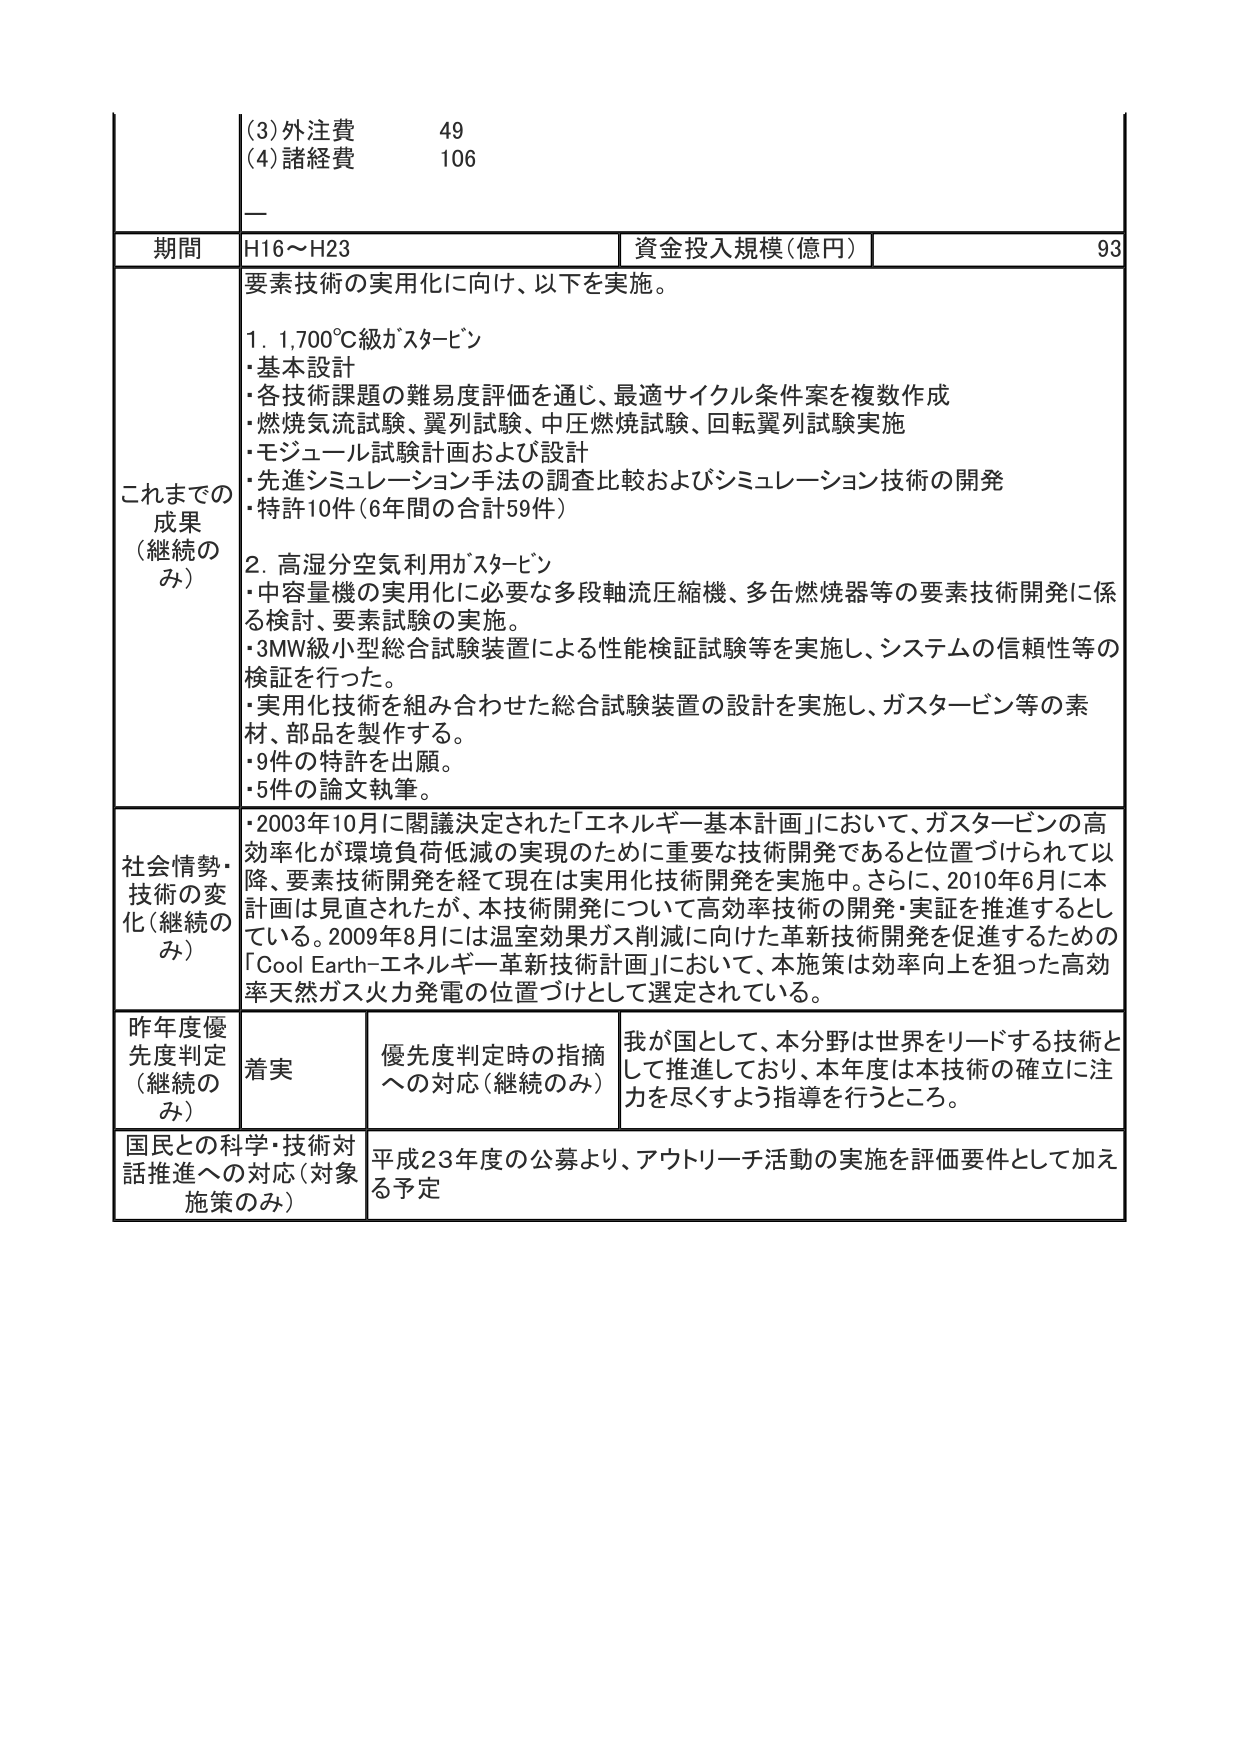
(3) 外注費 49
(4) 諸経費 106
—

期間 H16～H23 資金投入規模（億円） 93

これまでの成果（継続のみ）
要素技術の実用化に向け、以下を実施。

1. 1,700℃級ガスタービン
・基本設計
・各技術課題の難易度評価を通じ、最適サイクル条件案を複数作成
・燃焼気流試験、翼列試験、中圧燃焼試験、回転翼列試験実施
・モジュール試験計画および設計
・先進シミュレーション手法の調査比較およびシミュレーション技術の開発
・特許10件（6年間の合計59件）

2. 高湿分空気利用ガスタービン
・中容量機の実用化に必要な多段軸流圧縮機、多缶燃焼器等の要素技術開発に係る検討、要素試験の実施。
・3MW級小型総合試験装置による性能検証試験等を実施し、システムの信頼性等の検証を行った。
・実用化技術を組み合わせた総合試験装置の設計を実施し、ガスタービン等の素材、部品を製作する。
・9件の特許を出願。
・5件の論文執筆。

社会情勢・技術の変化（継続のみ）
・2003年10月に閣議決定された「エネルギー基本計画」において、ガスタービンの高効率化が環境負荷低減の実現のために重要な技術開発であると位置づけられて以降、要素技術開発を経て現在は実用化技術開発を実施中。さらに、2010年6月に本計画は見直されたが、本技術開発について高効率技術の開発・実証を推進するとしている。2009年8月には温室効果ガス削減に向けた革新技術開発を促進するための「Cool Earth-エネルギー革新技術計画」において、本施策は効率向上を狙った高効率天然ガス火力発電の位置づけとして選定されている。

昨年度優先度判定（継続のみ） 着実 優先度判定時の指摘への対応（継続のみ） 我が国として、本分野は世界をリードする技術として推進しており、本年度は本技術の確立に注力を尽くすよう指導を行うところ。

国民との科学・技術対話推進への対応（対象施策のみ） 平成23年度の公募より、アウトリーチ活動の実施を評価要件として加える予定